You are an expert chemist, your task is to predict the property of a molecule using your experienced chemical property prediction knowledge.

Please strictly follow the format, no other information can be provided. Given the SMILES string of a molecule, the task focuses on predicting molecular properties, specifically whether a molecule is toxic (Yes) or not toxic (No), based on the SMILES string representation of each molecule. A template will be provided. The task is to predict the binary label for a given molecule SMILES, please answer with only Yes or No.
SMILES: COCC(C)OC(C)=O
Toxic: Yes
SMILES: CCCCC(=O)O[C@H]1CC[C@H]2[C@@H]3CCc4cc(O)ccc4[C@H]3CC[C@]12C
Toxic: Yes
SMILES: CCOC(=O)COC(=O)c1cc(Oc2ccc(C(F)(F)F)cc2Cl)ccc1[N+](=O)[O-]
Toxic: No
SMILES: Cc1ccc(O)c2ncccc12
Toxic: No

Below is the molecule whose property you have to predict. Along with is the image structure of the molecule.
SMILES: CO[C@@]12CC[C@@]3(C[C@@H]1[C@](C)(O)C(C)(C)C)[C@H]1Cc4ccc(O)c5c4[C@@]3(CCN1CC1CC1)[C@H]2O5
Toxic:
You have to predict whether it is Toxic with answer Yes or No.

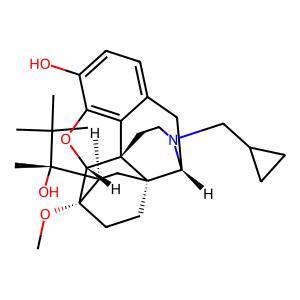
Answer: No